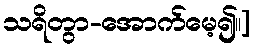
သရိတွာ-အောက်မေ့၍။]